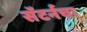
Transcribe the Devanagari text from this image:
सॅटर्नचा